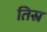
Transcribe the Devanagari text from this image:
तिस्र